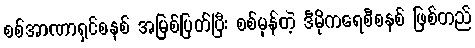
စစ်အာဏာရှင်စနစ် အမြစ်ပြတ်ပြီး စစ်မှန်တဲ့ ဒီမိုကရေစီစနစ် ဖြစ်တည်